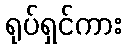
ရုပ်ရှင်ကား